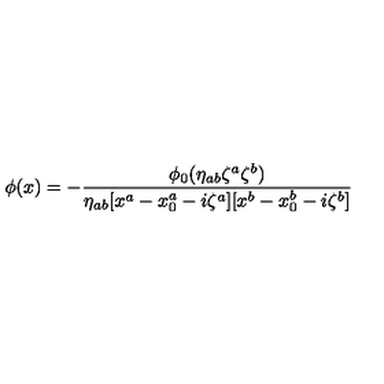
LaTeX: \phi ( x ) = - { \frac { \phi _ { 0 } ( \eta _ { a b } \zeta ^ { a } \zeta ^ { b } ) } { \eta _ { a b } [ x ^ { a } - x _ { 0 } ^ { a } - i \zeta ^ { a } ] [ x ^ { b } - x _ { 0 } ^ { b } - i \zeta ^ { b } ] } }